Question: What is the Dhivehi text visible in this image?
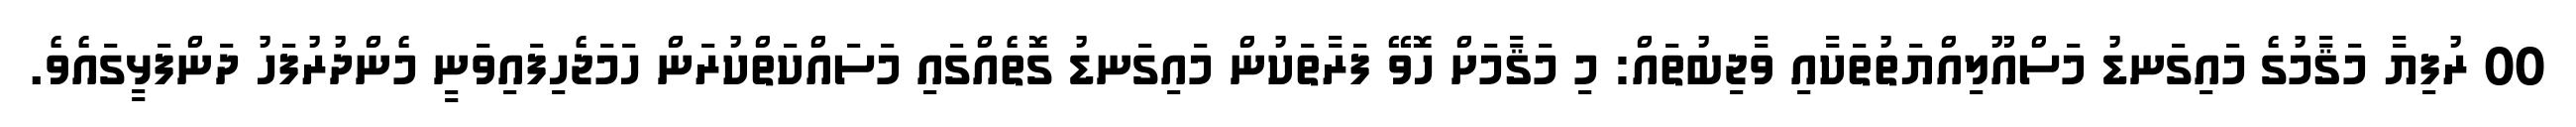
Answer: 00 ރުފިޔާ މަޤާމުގެ މައިގަނޑު މަސްއޫލިއްޔަތުތަކާއި ވާޖިބުތައް: މި މަޤާމަށް ހޮވޭ ފަރާތަކުން މައިގަނޑު ގޮތެއްގައި މަސައްކަތްކުރަން ހަމަޖެހިފައިވަނީ މެންދުރުފަހު ދަންފަޅީގައެވެ.